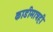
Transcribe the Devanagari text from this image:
काडीमात्रही